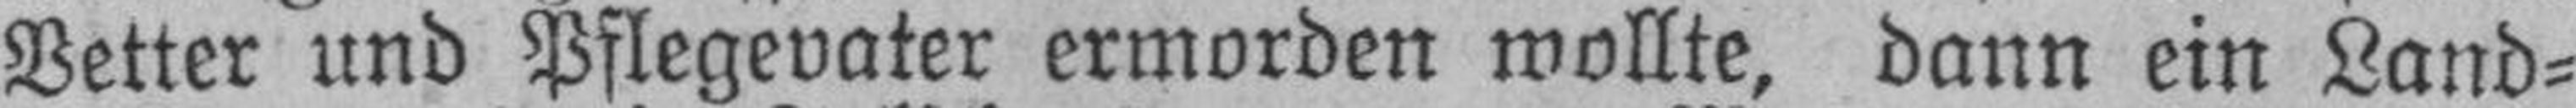
Vetter und Pflegevater ermorden wollte, dann ein Land¬